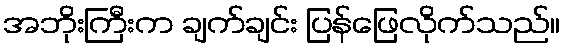
အဘိုးကြီးက ချက်ချင်း ပြန်ဖြေလိုက်သည်။